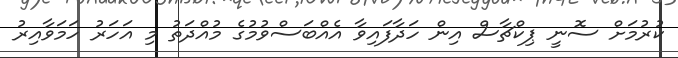
ކުރުމަށް ސޮނީ ޕިކްޗާސް އިން ހަދާފައިވާ އެއްބަސްވުމުގެ މުއްދަތު މި އަހަރު ހަމަވާއިރު